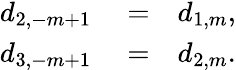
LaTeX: \begin{array}{rlr}{d_{2,-m+1}}&{{}=}&{d_{1,m},}\\ {d_{3,-m+1}}&{{}=}&{d_{2,m}.}\end{array}